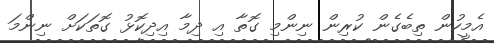
އެމީހުން ތިބެގެން ކުރިން ނިންމި ގޮތާ އި ދިމާ އިދިކޮޅު ގޮތަކަށް ނިންމަ